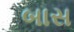
બાસ